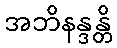
အဘိနန္ဒန္တိ